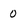
Character: 0